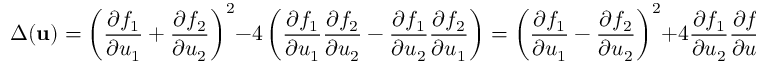
\Delta ( { \mathbf { u } } ) = \left( \frac { \partial f _ { 1 } } { \partial u _ { 1 } } + \frac { \partial f _ { 2 } } { \partial u _ { 2 } } \right) ^ { 2 } - 4 \left( \frac { \partial f _ { 1 } } { \partial u _ { 1 } } \frac { \partial f _ { 2 } } { \partial u _ { 2 } } - \frac { \partial f _ { 1 } } { \partial u _ { 2 } } \frac { \partial f _ { 2 } } { \partial u _ { 1 } } \right) = \left( \frac { \partial f _ { 1 } } { \partial u _ { 1 } } - \frac { \partial f _ { 2 } } { \partial u _ { 2 } } \right) ^ { 2 } + 4 \frac { \partial f _ { 1 } } { \partial u _ { 2 } } \frac { \partial f _ { 2 } } { \partial u _ { 1 } } \, .